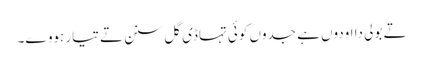
تے بولی دا اودوں ہے جدوں کوئی تہاڈی گل سنن تے تیار ہووے۔